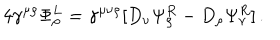
LaTeX: 4 \gamma ^ { \mu \rho } \Phi _ { \rho } ^ { L } = \gamma ^ { \mu \nu \rho } [ D _ { \nu } \Psi _ { \rho } ^ { R } - D _ { \rho } \Psi _ { \nu } ^ { R } ] \, .